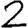
Digit: 2